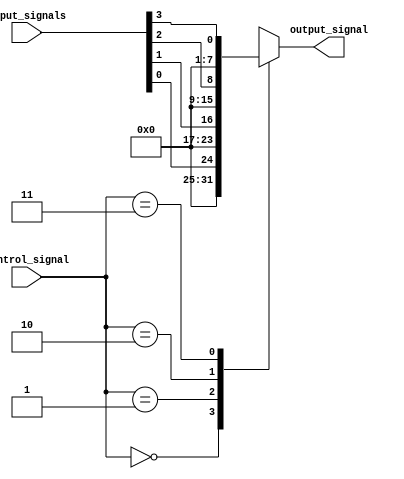
module io_blocks_switch #(parameter INPUT_WIDTH = 8, NUM_INPUTS = 4)(
    input wire [NUM_INPUTS-1:0] input_signals,
    input wire [1:0] control_signal,
    output reg [INPUT_WIDTH-1:0] output_signal
);

always @ (control_signal or input_signals)
begin
    case (control_signal)
        2'b00: output_signal = input_signals[0];
        2'b01: output_signal = input_signals[1];
        2'b10: output_signal = input_signals[2];
        2'b11: output_signal = input_signals[3];
        default: output_signal = 0;
    endcase
end

endmodule